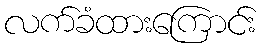
လက်ခံထားကြောင်း